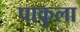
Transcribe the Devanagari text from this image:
पाकुला